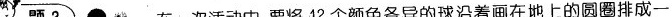
题3 在一次活动中，要将12个颜色各异的球沿着画在地上的圆圈排成一